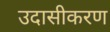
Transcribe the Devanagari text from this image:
उदासीकरण